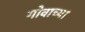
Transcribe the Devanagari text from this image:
गोवाच्या